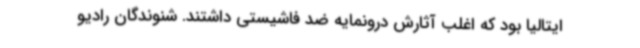
ایتالیا بود که اغلب آثارش درونمایه ضد فاشیستی داشتند. شنوندگان رادیو